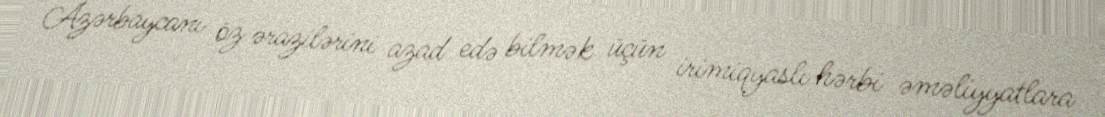
Azərbaycanı öz ərazilərini azad edə bilmək üçün irimiqyaslı hərbi əməliyyatlara